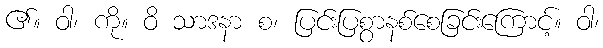
၏။ ဝါ၊ ကို။ ဝိ သာဒနာ စ၊ ပြင်းပြစွာနစ်စေခြင်းကြောင့်။ ဝါ၊